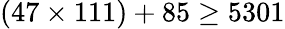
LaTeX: (47\times 111)+85\geq 5301